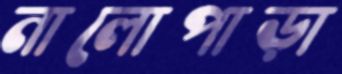
নালোপাড়া